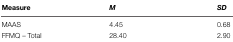
<table><thead><tr><td><b>Measure</b></td><td><b><i>M</i></b></td><td><b><i>SD</i></b></td></tr></thead><tbody><tr><td>MAAS</td><td>4.45</td><td>0.68</td></tr><tr><td>FFMQ – Total</td><td>28.40</td><td>2.90</td></tr></tbody></table>